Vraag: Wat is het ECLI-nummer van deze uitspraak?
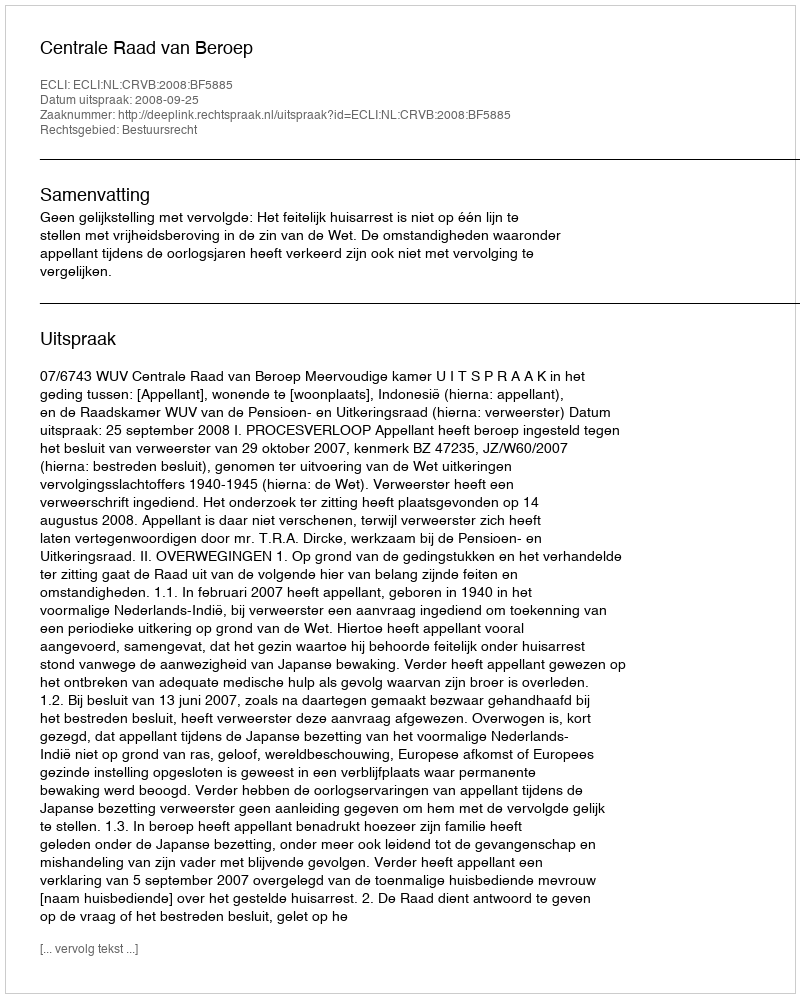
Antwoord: ECLI:NL:CRVB:2008:BF5885